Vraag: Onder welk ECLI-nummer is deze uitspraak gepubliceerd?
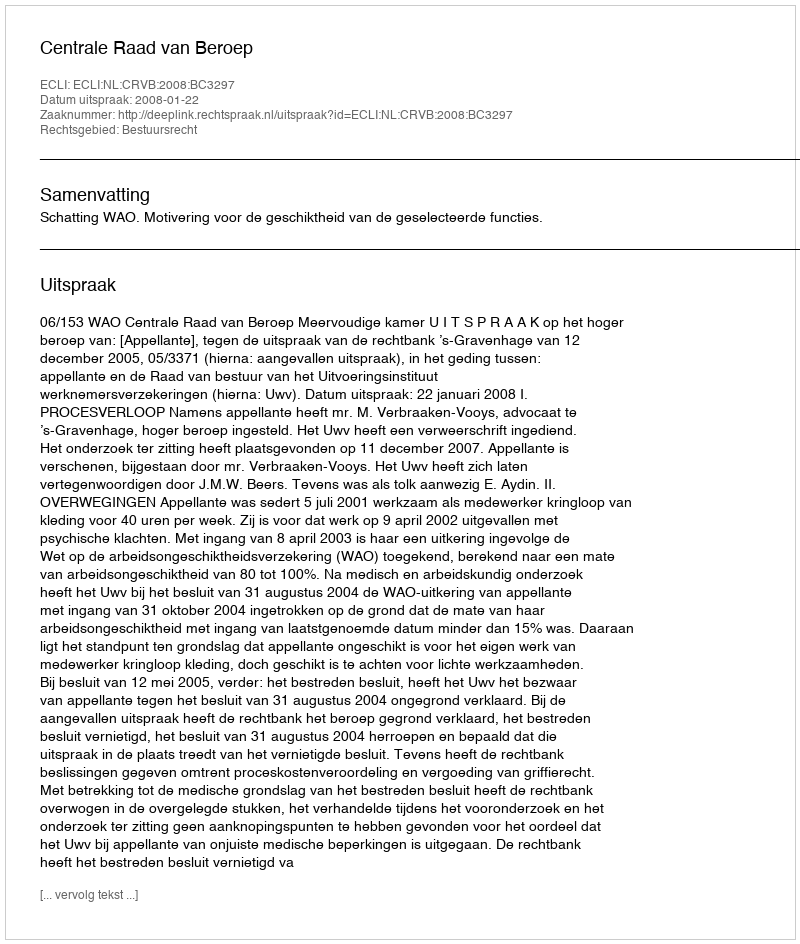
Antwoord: ECLI:NL:CRVB:2008:BC3297